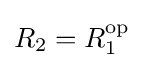
R_{2}=R_{1}^{\text{op}}